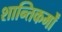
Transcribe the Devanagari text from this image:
शान्तिकर्मों